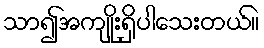
သာ၍အကျိုးရှိပါသေးတယ်။